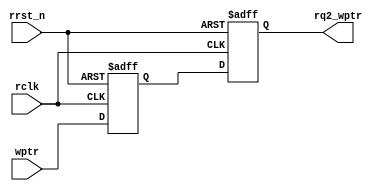
module sync_w2r #(
    parameter ADDRSIZE = 4
   )
   (
    output reg [ADDRSIZE:0] rq2_wptr,
    input [ADDRSIZE:0] wptr,
    input rclk, rrst_n
   );

reg [ADDRSIZE:0] rq1_wptr;

always @(posedge rclk or negedge rrst_n) begin
    if (!rrst_n) 
        {rq2_wptr,rq1_wptr} <= 0;
    else 
        {rq2_wptr,rq1_wptr} <= {rq1_wptr,wptr};
end

endmodule